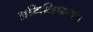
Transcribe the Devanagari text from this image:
अभिनिष्क्रमण